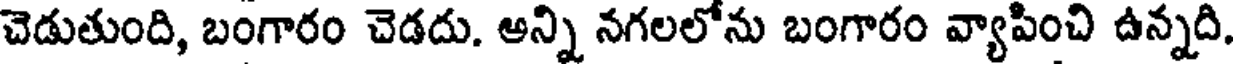
చెడుతుంది, బంగారం చెడదు. అన్ని నగలలోను బంగారం వ్యాపించి ఉన్నది.